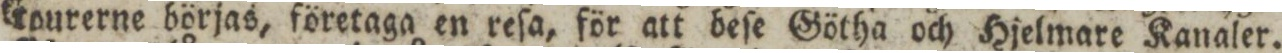
tourerne börjas, företaga en reſa, för att beſe Götha och Hjelmare Kanaler.